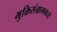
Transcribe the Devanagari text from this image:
मुक्तिसंग्राममध्ये